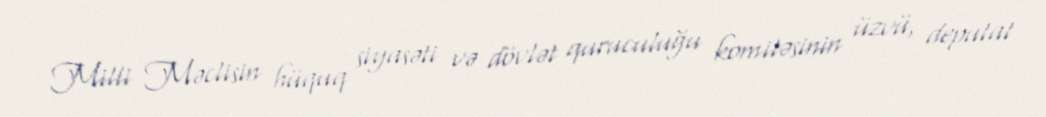
Milli Məclisin hüquq siyasəti və dövlət quruculuğu komitəsinin üzvü, deputat